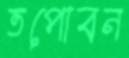
তপোবন